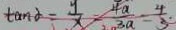
\tan \alpha = \frac { y } { x } - \frac { 4 a } { 3 a } = \frac { 4 } { 3 }